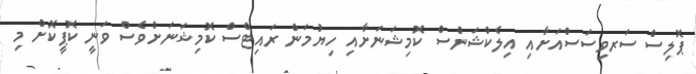
ޕޮލިސް ސަރވިސަސްއަށާއި އިލެކްޝަންސް ކޮމިޝަނަށާއި ހިޔުމަން ރައިޓްސް ކޮމިޝަނަށްވެސް ވަނީ ކޮޕީކޮށް މި